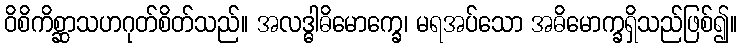
ဝိစိကိစ္ဆာသဟဂုတ်စိတ်သည်။ အလဒ္ဓါဓိမောက္ခေ၊ မရအပ်သော အဓိမောက္ခရှိသည်ဖြစ်၍။